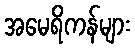
အမေရိကန်များ